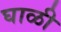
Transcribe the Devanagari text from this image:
घाळी